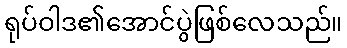
ရုပ်ဝါဒ၏အောင်ပွဲဖြစ်လေသည်။